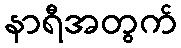
နာရီအတွက်